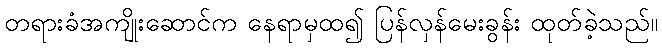
တရားခံအကျိုးဆောင်က နေရာမှထ၍ ပြန်လှန်မေးခွန်း ထုတ်ခဲ့သည်။